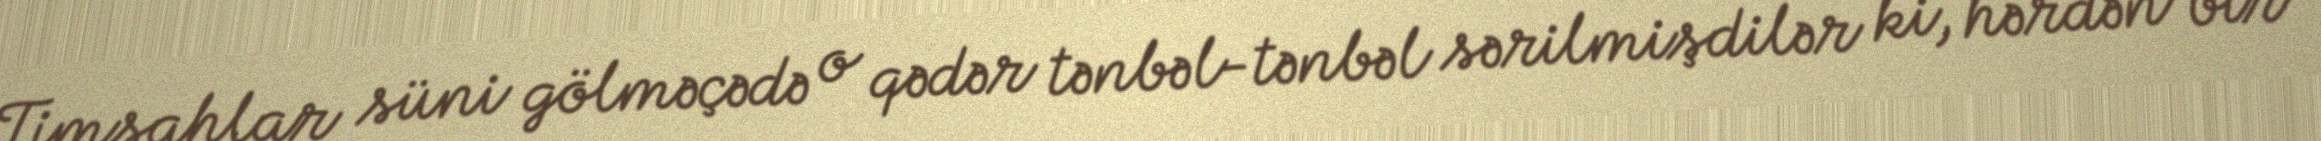
Timsahlar süni gölməçədə o qədər tənbəl-tənbəl sərilmişdilər ki, hərdən bir